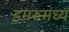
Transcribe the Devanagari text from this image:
डमरूमध्य